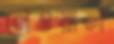
নেওয়াল